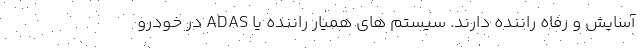
آسایش و رفاه راننده دارند. سیستم های همیار راننده یا ADAS در خودرو